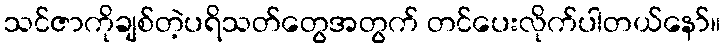
သင်ဇာကိုချစ်တဲ့ပရိသတ်တွေအတွက် တင်ပေးလိုက်ပါတယ်နော်။